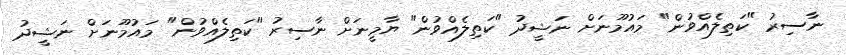
ނާސިރު "ކަތިލެއްވުން" މައުމޫނަށް ނަޝީދު "ކަތިލެއްވުން" ޔާމީނަށް ނާސިރު "ކަތިލެއްވުން" މައުމޫނަށް ނަޝީދު